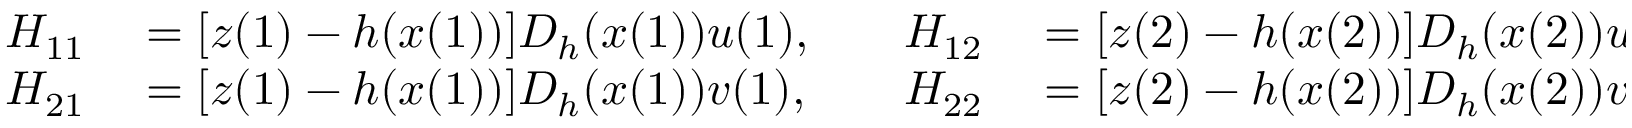
\begin{array} { r l r l } { H _ { 1 1 } } & { { } = [ z ( 1 ) - h ( x ( 1 ) ) ] D _ { h } ( x ( 1 ) ) u ( 1 ) , } & { \quad H _ { 1 2 } } & { { } = [ z ( 2 ) - h ( x ( 2 ) ) ] D _ { h } ( x ( 2 ) ) u ( 2 ) , } \\ { H _ { 2 1 } } & { { } = [ z ( 1 ) - h ( x ( 1 ) ) ] D _ { h } ( x ( 1 ) ) v ( 1 ) , } & { \quad H _ { 2 2 } } & { { } = [ z ( 2 ) - h ( x ( 2 ) ) ] D _ { h } ( x ( 2 ) ) v ( 2 ) , } \end{array}